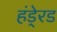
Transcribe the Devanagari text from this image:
हंडे्रड